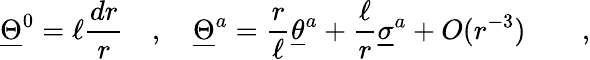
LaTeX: \underline{{{\Theta}}}^{0}=\ell{\frac{dr}{r}}\quad,\quad\underline{{{\Theta}}}^{a}={\frac{r}{\ell}}\underline{{{\theta}}}^{a}+{\frac{\ell}{r}}\underline{{{\sigma}}}^{a}+O(r^{-3})\qquad,